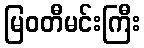
မြဝတီမင်းကြီး